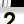
Digit: 2